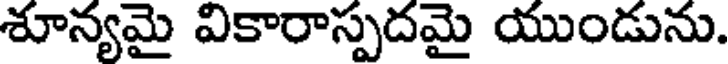
శూన్యమై వికారాస్పదమై యుండును.